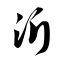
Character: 沂